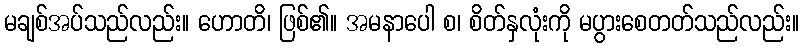
မချစ်အပ်သည်လည်း။ ဟောတိ၊ ဖြစ်၏။ အမနာပေါ စ၊ စိတ်နှလုံးကို မပွားစေတတ်သည်လည်း။